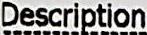
DESCRIPTION